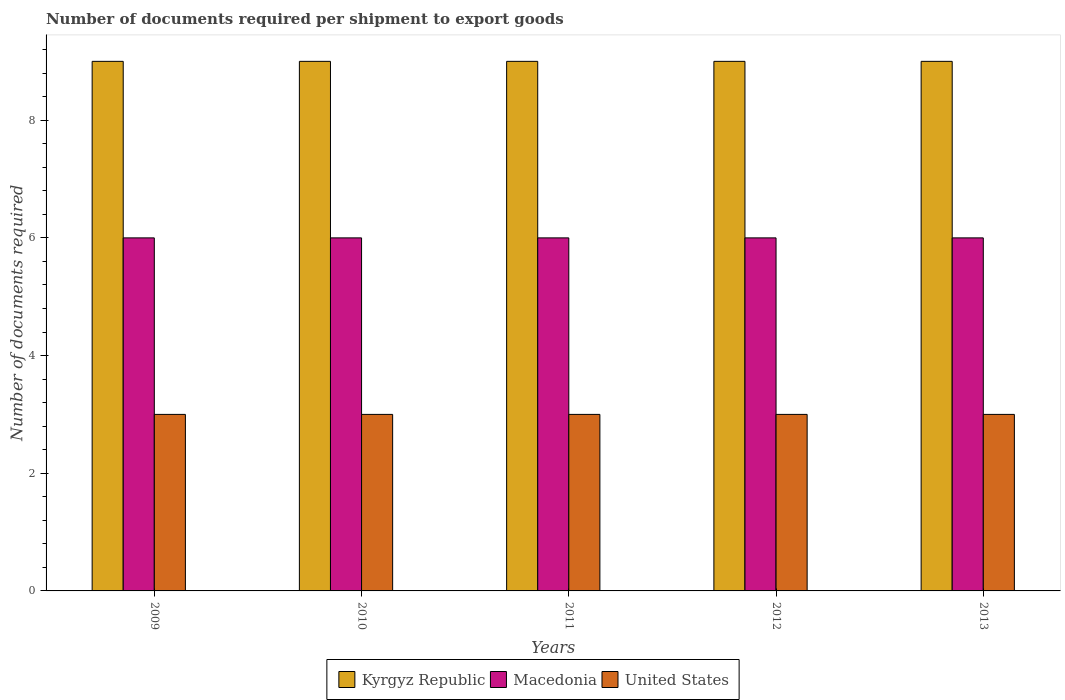
| Years | Kyrgyz Republic | Macedonia | United States |
 | --- | --- | --- | --- |
 | 2009 | 9 | 6 | 3 |
 | 2010 | 9 | 6 | 3 |
 | 2011 | 9 | 6 | 3 |
 | 2012 | 9 | 6 | 3 |
 | 2013 | 9 | 6 | 3 |